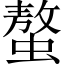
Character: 螯